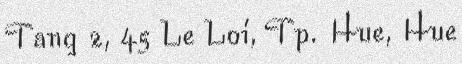
Tang 2, 45 Le Loi, Tp. Hue, Hue